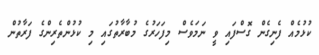
ކުޅުމެއް ފެނިގެން ގޮސްފައި ވީ ނަމަވެސް މިފަހަރުގެ މުބާރާތުގައި މި ކުޅުންތެރިންގެ ފަރާތުން